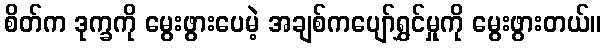
စိတ်က ဒုက္ခကို မွေးဖွားပေမဲ့ အချစ်ကပျော်ရွှင်မှုကို မွေးဖွားတယ်။